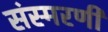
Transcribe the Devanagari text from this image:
संस्मरणीं